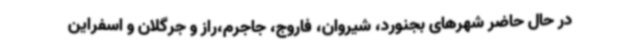
در حال حاضر شهرهای بجنورد، شیروان، فاروج، جاجرم،راز و جرگلان و اسفراین